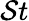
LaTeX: \mathcal{S}t